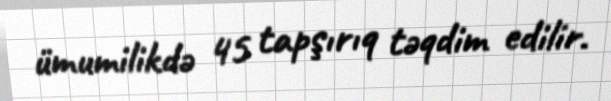
ümumilikdə 45 tapşırıq təqdim edilir.